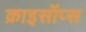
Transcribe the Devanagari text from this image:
क्राइसॉप्स